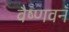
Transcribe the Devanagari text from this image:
वैष्णवनँ